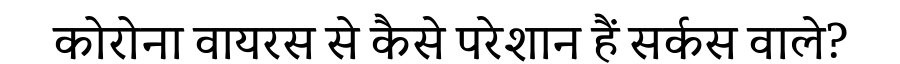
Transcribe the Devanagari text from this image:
कोरोना वायरस से कैसे परेशान हैं सर्कस वाले?